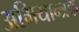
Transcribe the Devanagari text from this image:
अभियान्त्रक